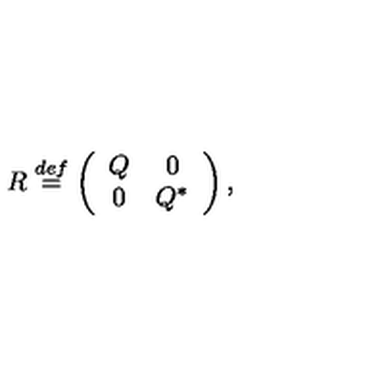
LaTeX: R \stackrel { d e f } { = } \left( \begin{array} { c c c c r } { Q } & { 0 } \\ { 0 } & { Q ^ { * } } \\ \end{array} \right) ,